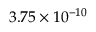
3 . 7 5 \times 1 0 ^ { - 1 0 }